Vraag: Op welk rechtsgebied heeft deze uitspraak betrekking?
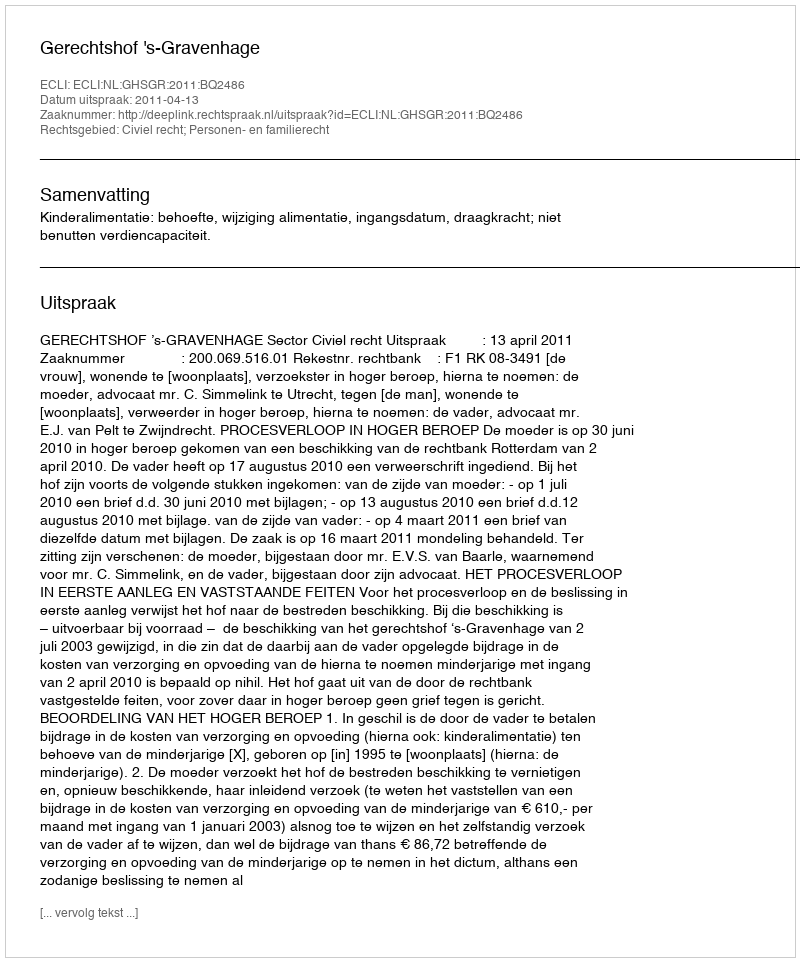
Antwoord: Civiel recht; Personen- en familierecht